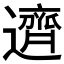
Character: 𬩣